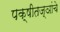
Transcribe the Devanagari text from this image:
पक्षीतज्ञांचे